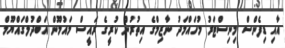
އާއި ޑިފެންސް މިނިސްޓަރު މުހައްމަދު ނާޒިމްގެ އިތުރުން ކުރީގެ ރައީސް މައުމޫން އަބްދުލްގައްޔޫމް